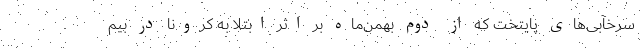
سرخآبی‌های پایتخت که از دوم بهمن‌ماه بر اثر ابتلا به کرونا در بیم